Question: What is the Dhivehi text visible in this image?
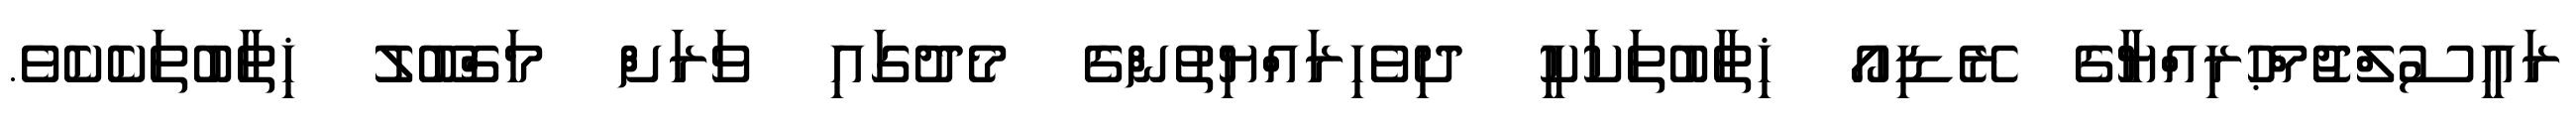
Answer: ރަޢީސުލްޖުމްޙުރިއްޔާގެ ރޭޑިއޯ ޚިޠާބުތަކަކީ ދިވެހިރައްޔިތުންގެ މެދުގައި ވަރަށް މަޤްބޫލު ޚިޠާބުތަކެކެވެ.